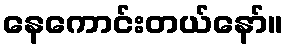
နေကောင်းတယ်နော်။